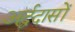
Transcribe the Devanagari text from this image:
अर्द्धदासों